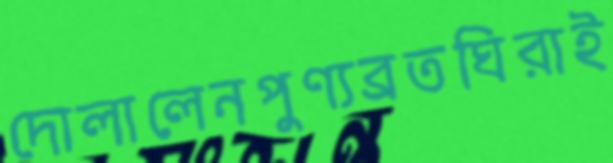
দোলালেনপুণ্যব্রতঘিরাই